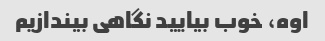
اوه، خوب بیایید نگاهی بیندازیم